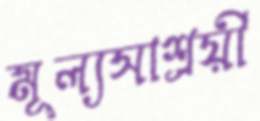
মূল্যসাশ্রয়ী